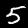
Label: 5